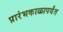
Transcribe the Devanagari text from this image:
प्रारंभकाळापर्यंत